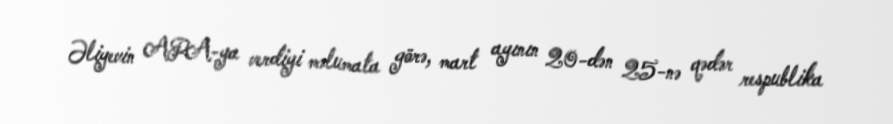
Əliyevin APA-ya verdiyi məlumata görə, mart ayının 20-dən 25-nə qədər respublika